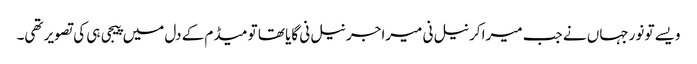
ویسے تو نورجہاں نے جب میرا کرنیل نی میرا جرنیل نی گایا تھا تو میڈم کے دل میں پیجی ہی کی تصویر تھی۔